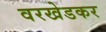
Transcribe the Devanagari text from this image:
वरखेडकर